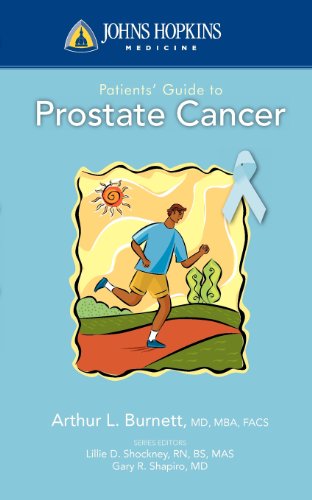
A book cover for Johns Hopkins Patients' Guide To Prostate Cancer; Arthur L. Burnett; Health, Fitness & Dieting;